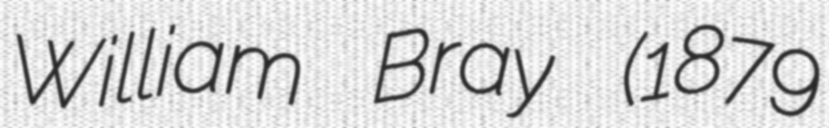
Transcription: William Bray (1879